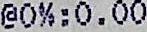
@0%;0.00